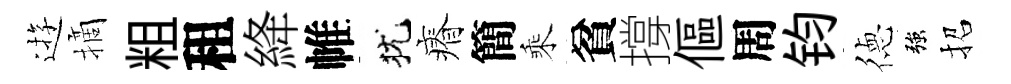
逰摘粗租絳帷犹瘠簡乘貧撐傴周钧徳強招